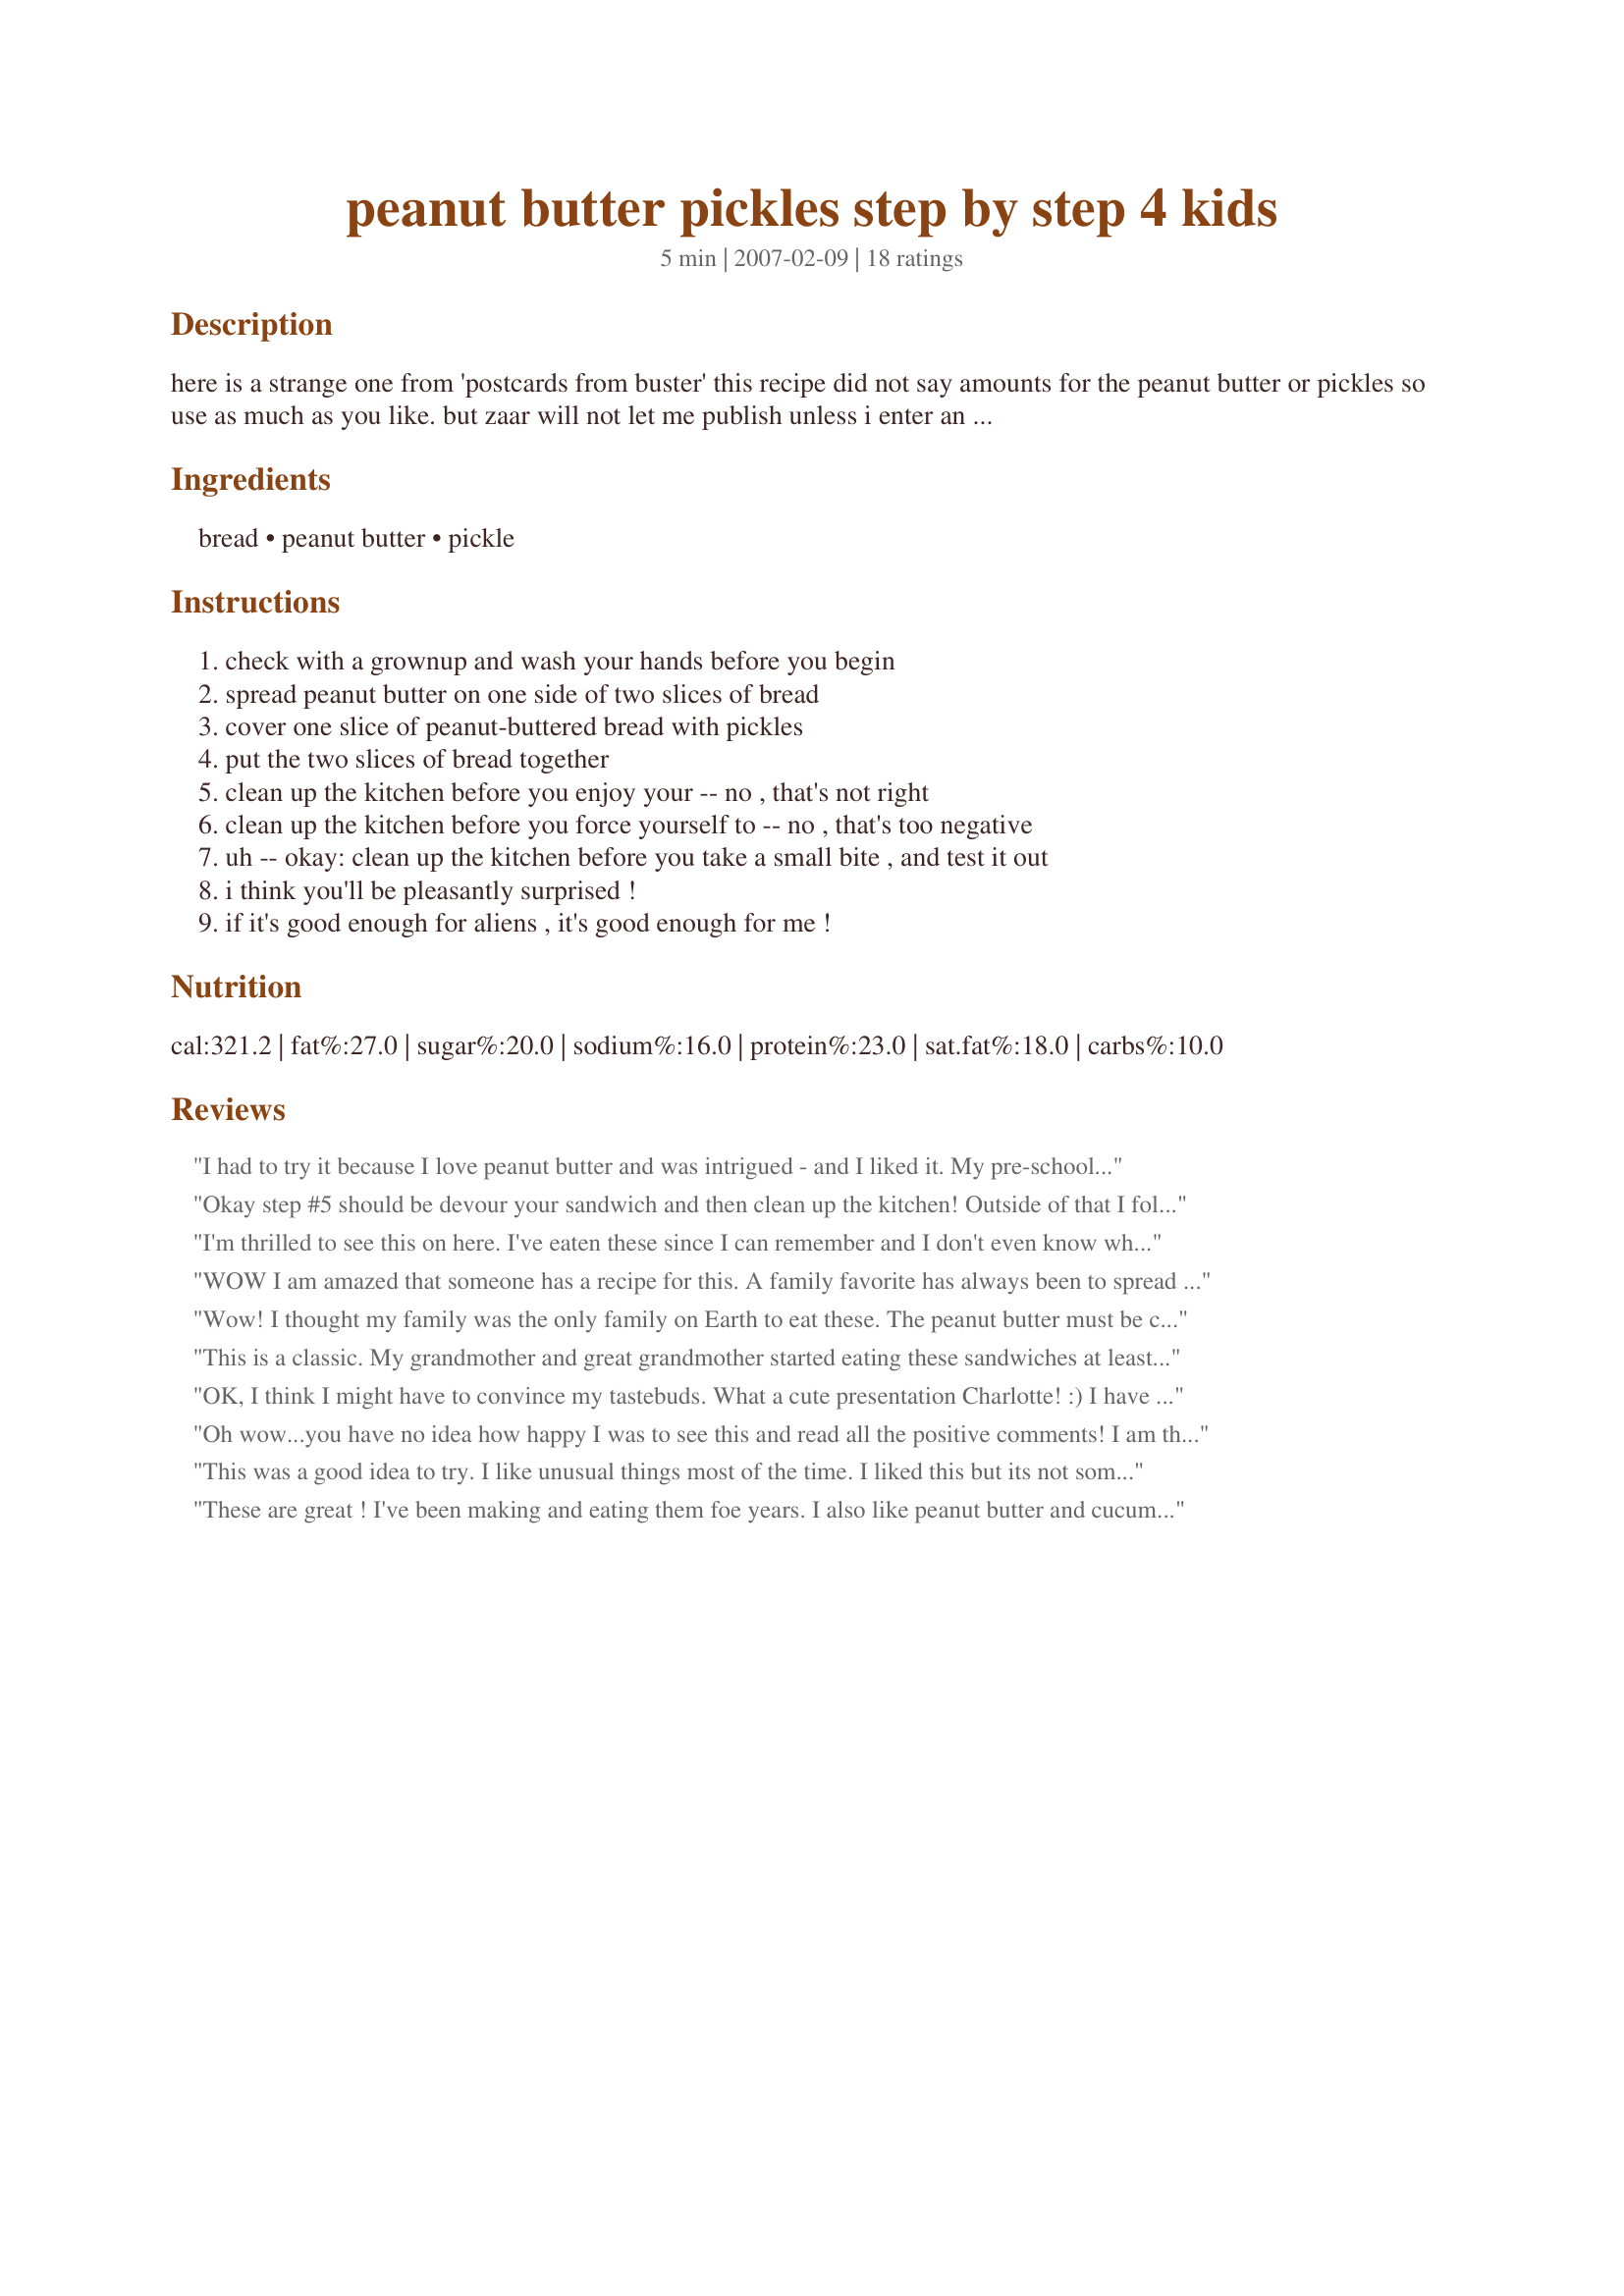
peanut butter pickles step by step 4 kids
Preparation time: 5 minutes

here is a strange one from 'postcards from buster' this recipe did not say amounts for the peanut butter or pickles so use as much as you like. but zaar will not let me publish unless i enter an amount.

Ingredients:
bread, peanut butter, pickle

Steps:
check with a grownup and wash your hands before you begin, spread peanut butter on one side of two slices of bread, cover one slice of peanut-buttered bread with pickles, put the two slices of bread together, clean up the kitchen before you enjoy your -- no , that's not right, clean up the kitchen before you force yourself to -- no , that's too negative, uh -- okay: clean up the kitchen before you take a small bite , and test it out, i think you'll be pleasantly surprised !, if it's good enough for aliens , it's good enough for me !

Reviews:
I had to try it because I love peanut butter and was intrigued - and I liked it. 

My pre-schooler tried it and liked it, too. My husband and toddler tried it but I'm not sure they'll eat it often.

I told my parents about it and they asked me if I was pregnant :P (No, just liked trying a new sandwich :) 

Interesting and a nice change of pace for a peanut butter sandwich. Thanks for sharing.
Okay step #5 should be devour your sandwich and then clean up the kitchen! Outside of that I followed the instructions completely but did add peanut butter to both sides of the bread and put pickles in the middle! My mom used to make me this sandwich when I was in elementary school and I still enjoy them today on occasion. It was fun finding this posted recipe during Help a Naked Recipe event in the Photo Forum. Thanks Charlotte for the memories and yummy lunch! No kid needed this time - I did it all by myself!
I'm thrilled to see this on here. I've eaten these since I can remember and I don't even know what made me start. My husband thinks I'm crazy for loving these and won't even try them. I'm so glad to know I'm not the only one who enjoys this weird combination!
WOW I am amazed that someone has a recipe for this. A family favorite has always been to spread a dill pickle with peanut butter. Everytime I mention it to someone they ask are you pregnant. LOL I'm thinking it might be a flavor that you have to be raised on, but I always dare someone to try it :) One thing I always tell people is don't use any special pickle just a plain ol whole dill cut in half and spread on the peanut butter. Makes a salty sour taste that I think I need to go and have one right now. Thanks for posting!
Wow! I thought my family was the only family on Earth to eat these. The peanut butter must be cruchy, pickles have to be dill. We also add mayo to the sandwich. My uncle came up with this sandwich while he was in college in the late 60's and had very little money. For those that doubt how tasty this is, "Try it".
This is a classic. My grandmother and great grandmother started eating these sandwiches at least 70 years ago. They used sweet sliced bread and butter pickles on the sandwich. This recipe has been passed on for generations. I know of at least 5 generations who have enjoyed this. Thanks for posting such a simple recipe for others to enjoy.
OK, I think I might have to convince my tastebuds. What a cute presentation Charlotte! :) I have never tried this combo before, but have heard of it, as wella s pb and onions. Never tried either before. If you like odd types of pickle-containing sandwiches, I have a yummy one posted. I will try this someday soon, and let ya know how I did, lol. :)

Update time! Guess what I had for lunch today? I had some white kaiser rolls I needed to use, so I started out with a half-size sandwich. I'm going to make up the other half of the roll in a minute, or 30 seconds, however long it takes me to eat this half. Oh, and I didn't clean up first, lol! Thanks Charlotte, for a fun and tasty new sandwich for me. :) I also used creamy Jif and dill pickle sandwich stackers.
Oh wow...you have no idea how happy I was to see this and read all the positive comments! I am the youngest of 3 and we all have eaten this since childhood. Instead of sandwiches, we ate it for breakffast on toaster waffles. Having the peanut butter warm makes it sooo good.
This was a good idea to try. I like unusual things most of the time. I liked this but its not something that will become a "favorite".
These are great ! I've been making and eating them foe years.
I also like peanut butter and cucumber slices.
Love peanut butter and pickle sandwiches! Has to be dill pickles though, no sweet ones. I put quite a bit of peanut butter on white bread and then load on sliced pickles.
I love dill pickles and peanut butter. In Girl Scouts, instead of bread we used lettuce leaves. We would spread the PB on the leaves and roll the pickle up in it. We called them a Walking Salad. When I was dating my husband he would hide the peanut butter from me, the thought of pickles and PB did not sound appealing to him. Try it, you'll like it!
Ok, look...I know I really don't need the recipe since I am an old hand at peanut butter and pickle sandwiches...But I really would like people to try it before they snicker and turn up their noses at it. Excellent taste, simple snack. Thanks for posting this recipe!
This is my absolute favorite sandwich! I find it's best when you toast the bread. Then the peanut butter is warm, melty, and sweet giving great contrast to the cool saltiness of the pickles. Thank you oh so much for posting my perfect comfort food!
You know, I have to rate it 5 stars because the thought of it made me cringe. (i don't have kids, and I know this is a kids' recipe...but I have nieces and nephews and I'm always looking to make them things they can eat when they come over!)I still tried it...2 tbsp. peanut butter and some hamburger dill slices on 2 slices of white bread.... I'm a person who is not finicky normally, but definitely doesn't like sweet mixed with sour. 5 stars, for sure, for giving me way beyond what I expected. Shame on me.! :O
I have to laugh...never in my wildest dreams would I dream of finding a childhood favorite on the internet! :) I grew up on these and still love them. I have a hard time convincing my kids though. I have always had my sandwiches with peanut butter, mayo and pickles. Cuz that's how my dad ate his...and his dad...etc.
I LOVE These to this day, I will have them at least once a month, and I am knocking on 50's door!!1 lol... and people think I am weird.... I like smooth Kraft PB and thickly sliced Dill pickles without garlic....nummy
I've been a peanut butter and pickle fan since childhood -- Bick's dill pickles are best. My husband used to tease me about the combination until I sneaked a few sandwiches in his lunch box about 25 years ago. Since then he's been a believer, too. This is also great on thin crackers such as Kavli or Cruskits. Thanks for confirming that this is a real recipe.
